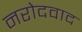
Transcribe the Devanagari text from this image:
नरोदवाद